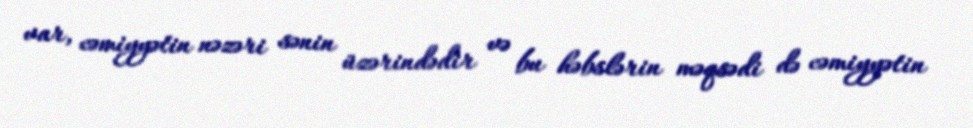
var, cəmiyyətin nəzəri sənin üzərindədir və bu həbslərin məqsədi də cəmiyyətin